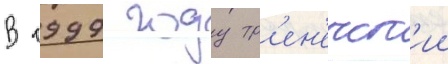
В 1999 году тр'ен'ерск'ии